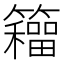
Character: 𮆹